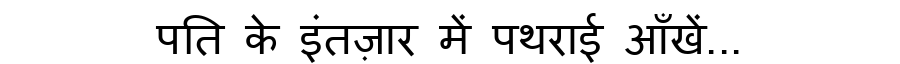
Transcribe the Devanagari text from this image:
पति के इंतज़ार में पथराई आँखें...